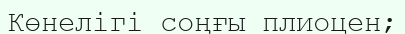
Көнелігі соңғы плиоцен;